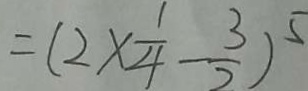
= ( 2 \times \frac { 1 } { 4 } - \frac { 3 } { 2 } ) ^ { 5 }